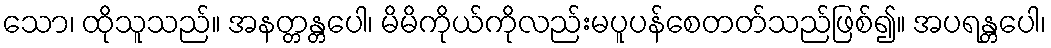
သော၊ ထိုသူသည်။ အနတ္တန္တပေါ၊ မိမိကိုယ်ကိုလည်းမပူပန်စေတတ်သည်ဖြစ်၍။ အပရန္တပေါ၊